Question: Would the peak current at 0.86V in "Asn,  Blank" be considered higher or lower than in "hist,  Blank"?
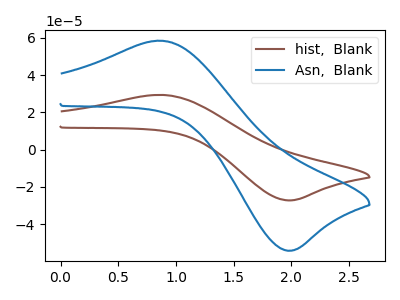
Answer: <think>The brown curve "hist,  Blank" has an anodic peak at (0.85V, 29.35uA) and a cathodic peak at (2.00V, -27.25uA). The blue curve "Asn,  Blank" has an anodic peak at (0.85V, 58.45uA) and a cathodic peak at (2.00V, -54.25uA).</think>
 <answer>The peak at 0.86V is higher in "Asn,  Blank" than in "hist,  Blank".</answer>
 <eval>higher</eval>